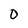
Character: 0